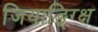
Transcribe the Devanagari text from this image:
जियाङ्ग्क्षि